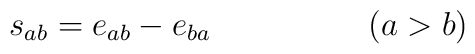
s_{ab}=e_{ab}-e_{ba}   \hspace{2cm}(a>b)